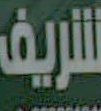
شريف